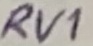
Text: RV1